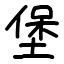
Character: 堡